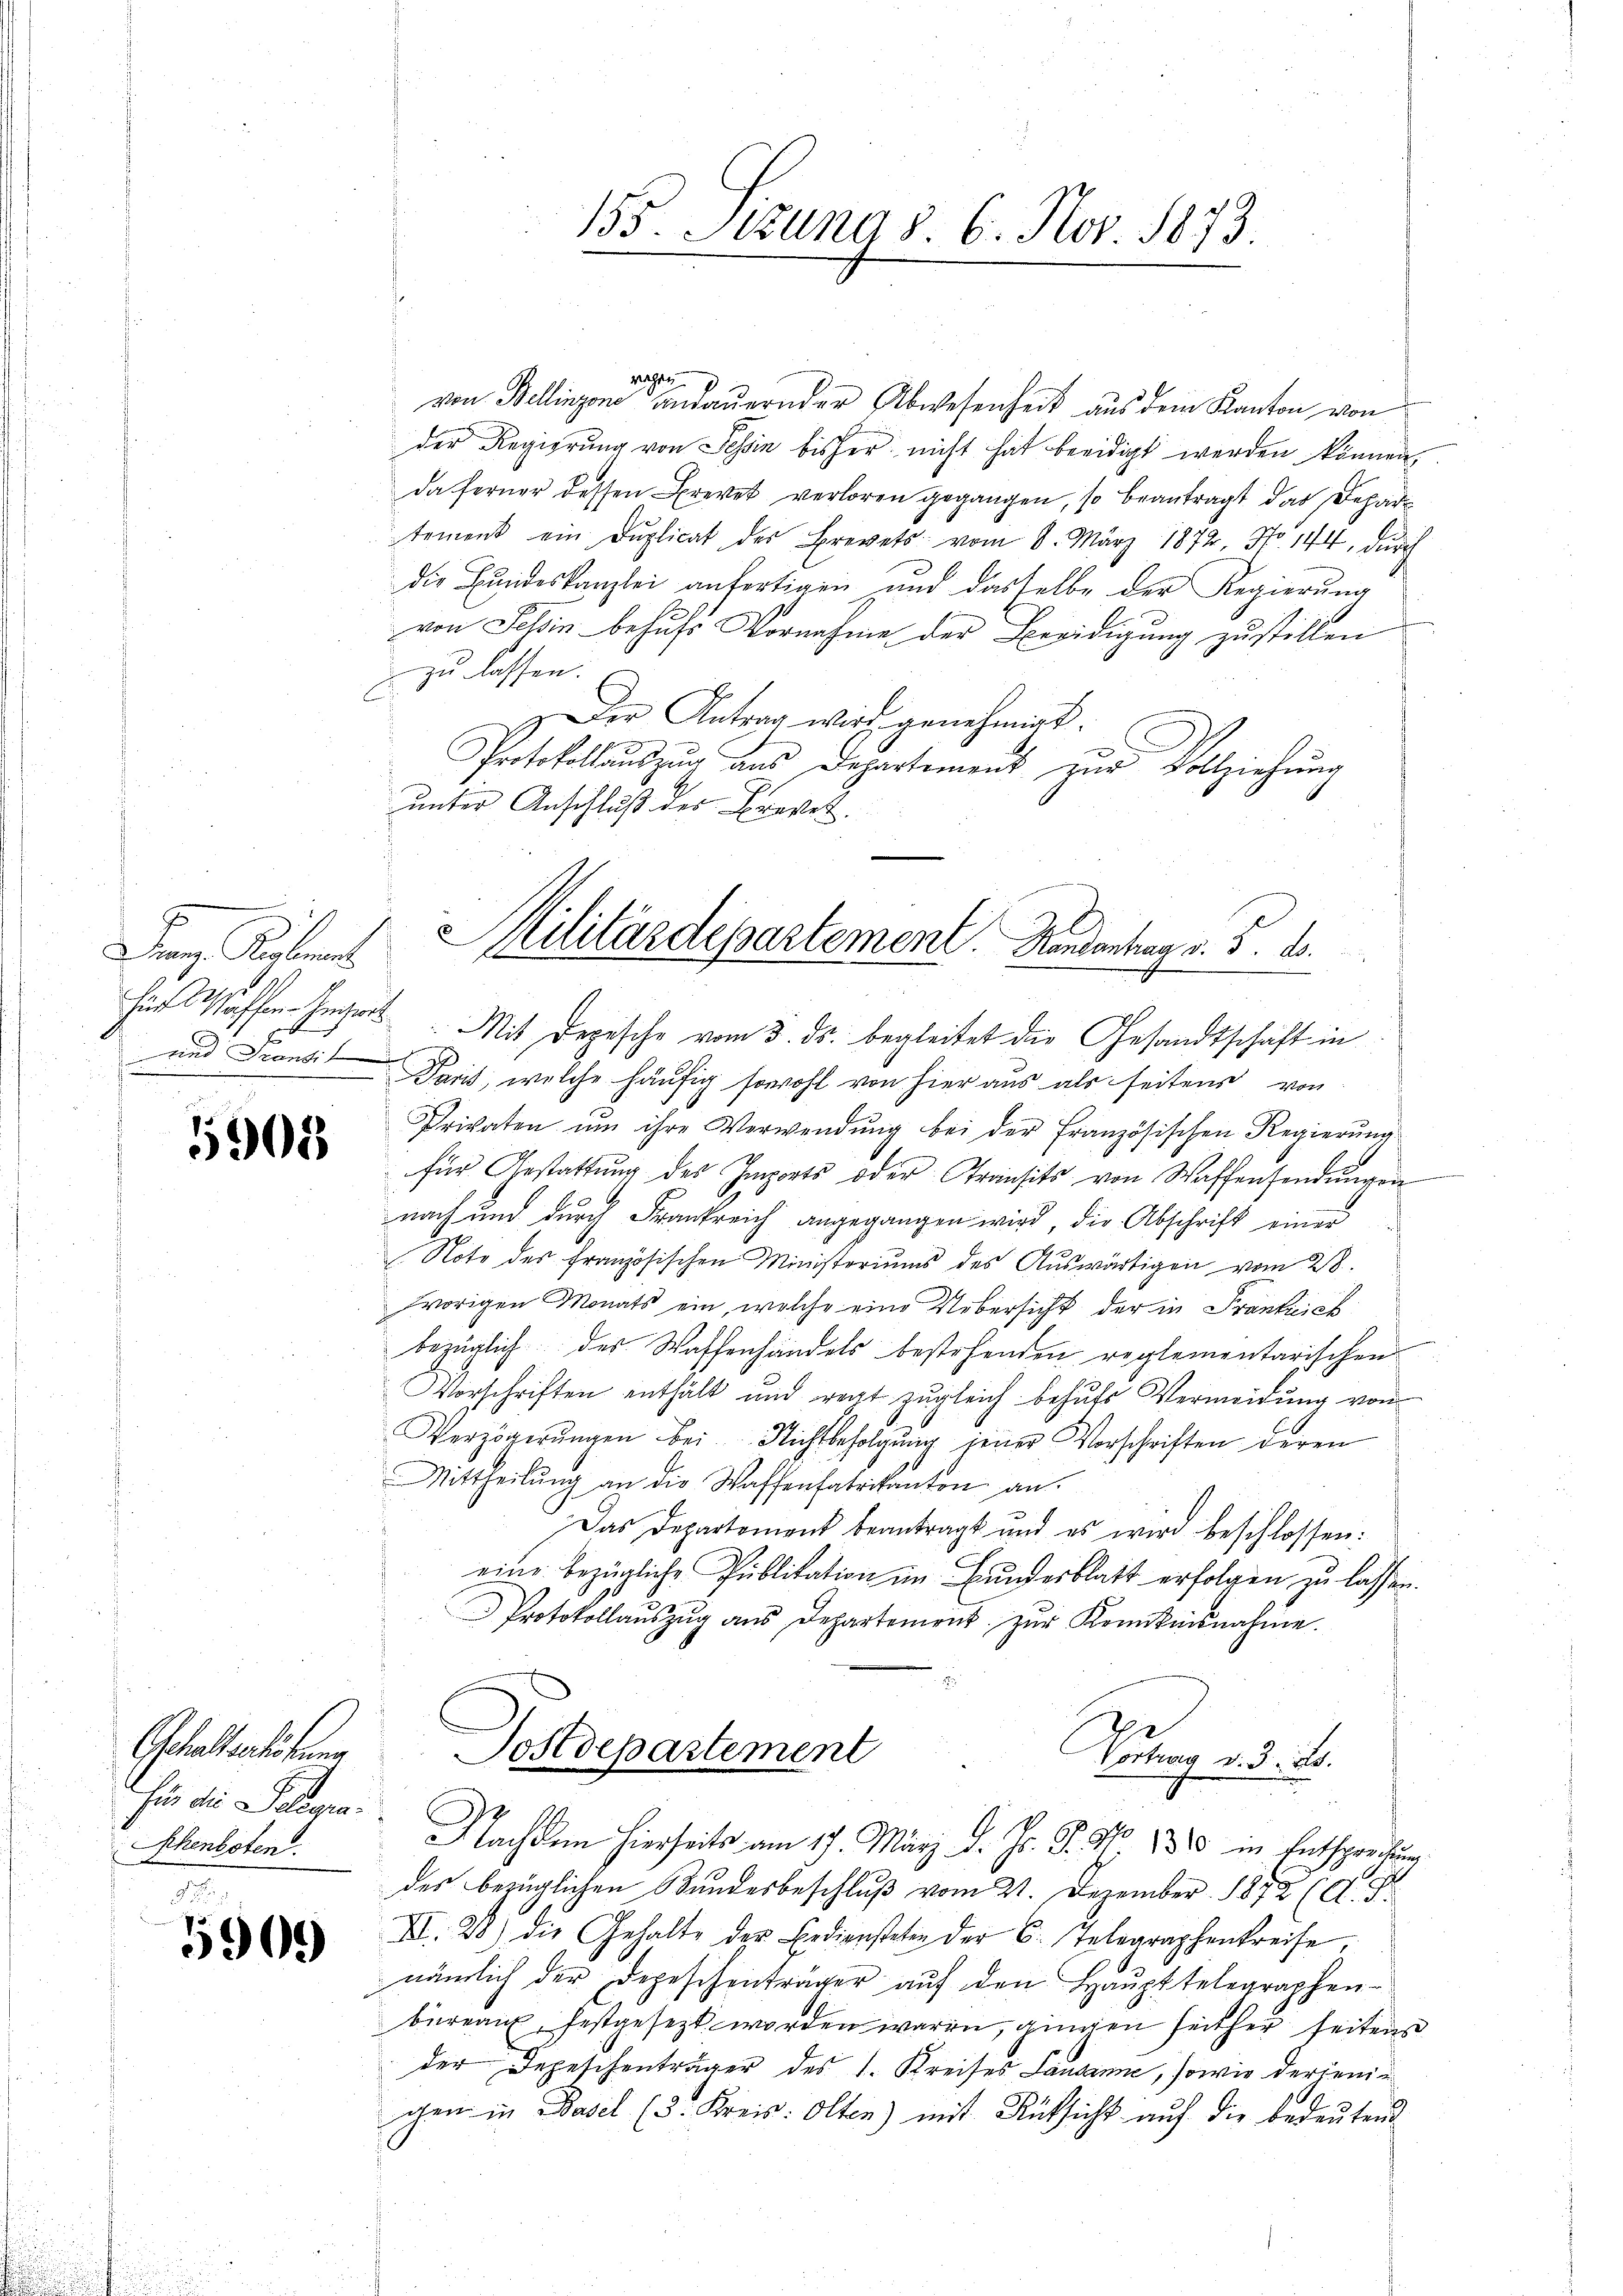
an Kerkennt

1908

für die Felderen.
Schenboten.

5909

155. Stund 8. 6. Nov. 1873.

wagte
von Bellinzone condauernder Abwesenheit aus dem Kanton von
der Regierung von Schin bisher nicht hat beeidigt werden können,
da ferner dessen Brevet verloren gegangen, so beantragt das Departement ein Duplicat des Brevets vom 8. März 1872, No. 144, durch
die Bundeskanzlei anfertigen und dasselbe der Regierung
von Tessin behufs Vornahme der Beeidigung zu stillen
zu lassen.
s
Der Antrag wird genehmigt.
Protokollauszug aus Departement zur Vollziehung
unter Anschluß des Brevet.
für Waffen ist. Mit Depesche vom 3. ds. begleitet die Gesandtschaft in
und Front Paris, welche häufig sowohl von hier aus als seitens von
Privaten ŭm ihre Verwendŭng bei der Französischen Regierŭng
für Gestattŭng des Imports oder Transits von Waffensendŭngen
nach und durch Frankreich angegangen wird, die Abschrift einer
Note des französischen Ministoriums des Aŭswärtigen vom 28.
vorigen Monats ein, welche eine Uebersicht der in Frantiick
bezüglich des Waffenhandels bestehenden reglementarischen
Vorschriften enthält und regt zugleich behufs Vermeidung von
Verzögerŭngen bei. Nichtbefolgung jener Vorschriften deren
Mittheilŭng an die Waffenfabrikanton an.
Das Departement beantragt und es wird beschlossen:
eine bezügliche Publikation im Bundesblatt erfolgen zu lassen.
Protokollauszug aus Departement zur Kenntnisnahme.
Gehaltserhöhung Postdepartement
Vertrag d. d. M.
Nachdem hierseits am 17. März d. Js. 8. No. 1882 in Entsprechung
der bezüglichen Bundesbeschluß vom 21. Dezember 1872 (A. S.
VII. 28) die Gehalte der Bediensteten der C. Telegraphenkreise,
nämlich der Depeschenträger aŭf den Haŭpttelegraphen-
bureau, festgesezt worden waren, gingen seither seiten
der Depeschenträger des 1. Kreises Lausanne, sowie derjenichen in Basel (3. Kreis: Olten) mit Rüksicht auf die bedeutend

Militärdepartement. Handenhang v. 5. d.